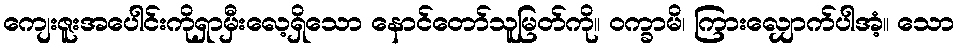
ကျေးဇူးအပေါင်းကိုရှာမှီးလေ့ရှိသော နောင်တော်သူမြတ်ကို။ ဝက္ခာမိ၊ ကြားလျှောက်ပါအံ့။ သော